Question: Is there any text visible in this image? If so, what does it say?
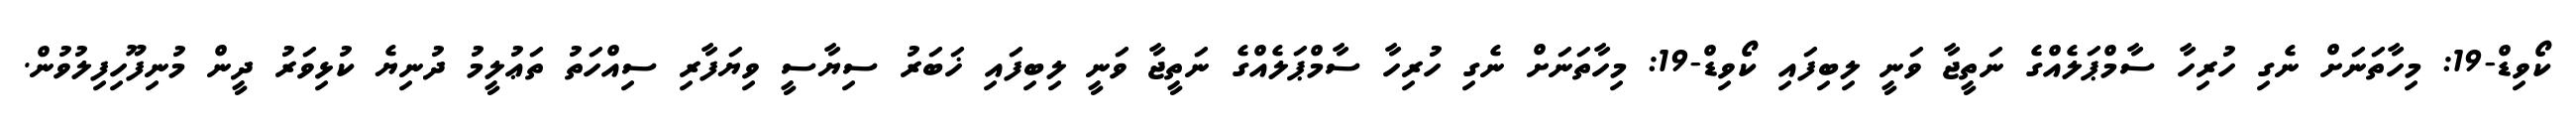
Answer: ކޯވިޑް-19: މިހާތަނަށް ނެގި ހުރިހާ ސާމްޕަލެއްގެ ނަތީޖާ ވަނީ ލިބިފައި ކޯވިޑް-19: މިހާތަނަށް ނެގި ހުރިހާ ސާމްޕަލެއްގެ ނަތީޖާ ވަނީ ލިބިފައި ޚަބަރު ސިޔާސީ ވިޔަފާރި ސިއްހަތު ތަޢުލީމު ދުނިޔެ ކުޅިވަރު ދީން މުނިފޫހިފިލުވުން.